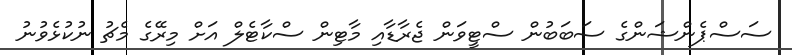
ސަސްޕެންޝަންގެ ސަބަބުން ސްޓީވަން ޖެރާޑާއި މާޓިން ސްކާޓެލް އަށް މިރޭގެ މެޗު ނުކުޅެވުނު